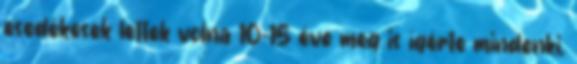
esedékesek lettek volna 10-15 éve meg is ígérte mindenki,